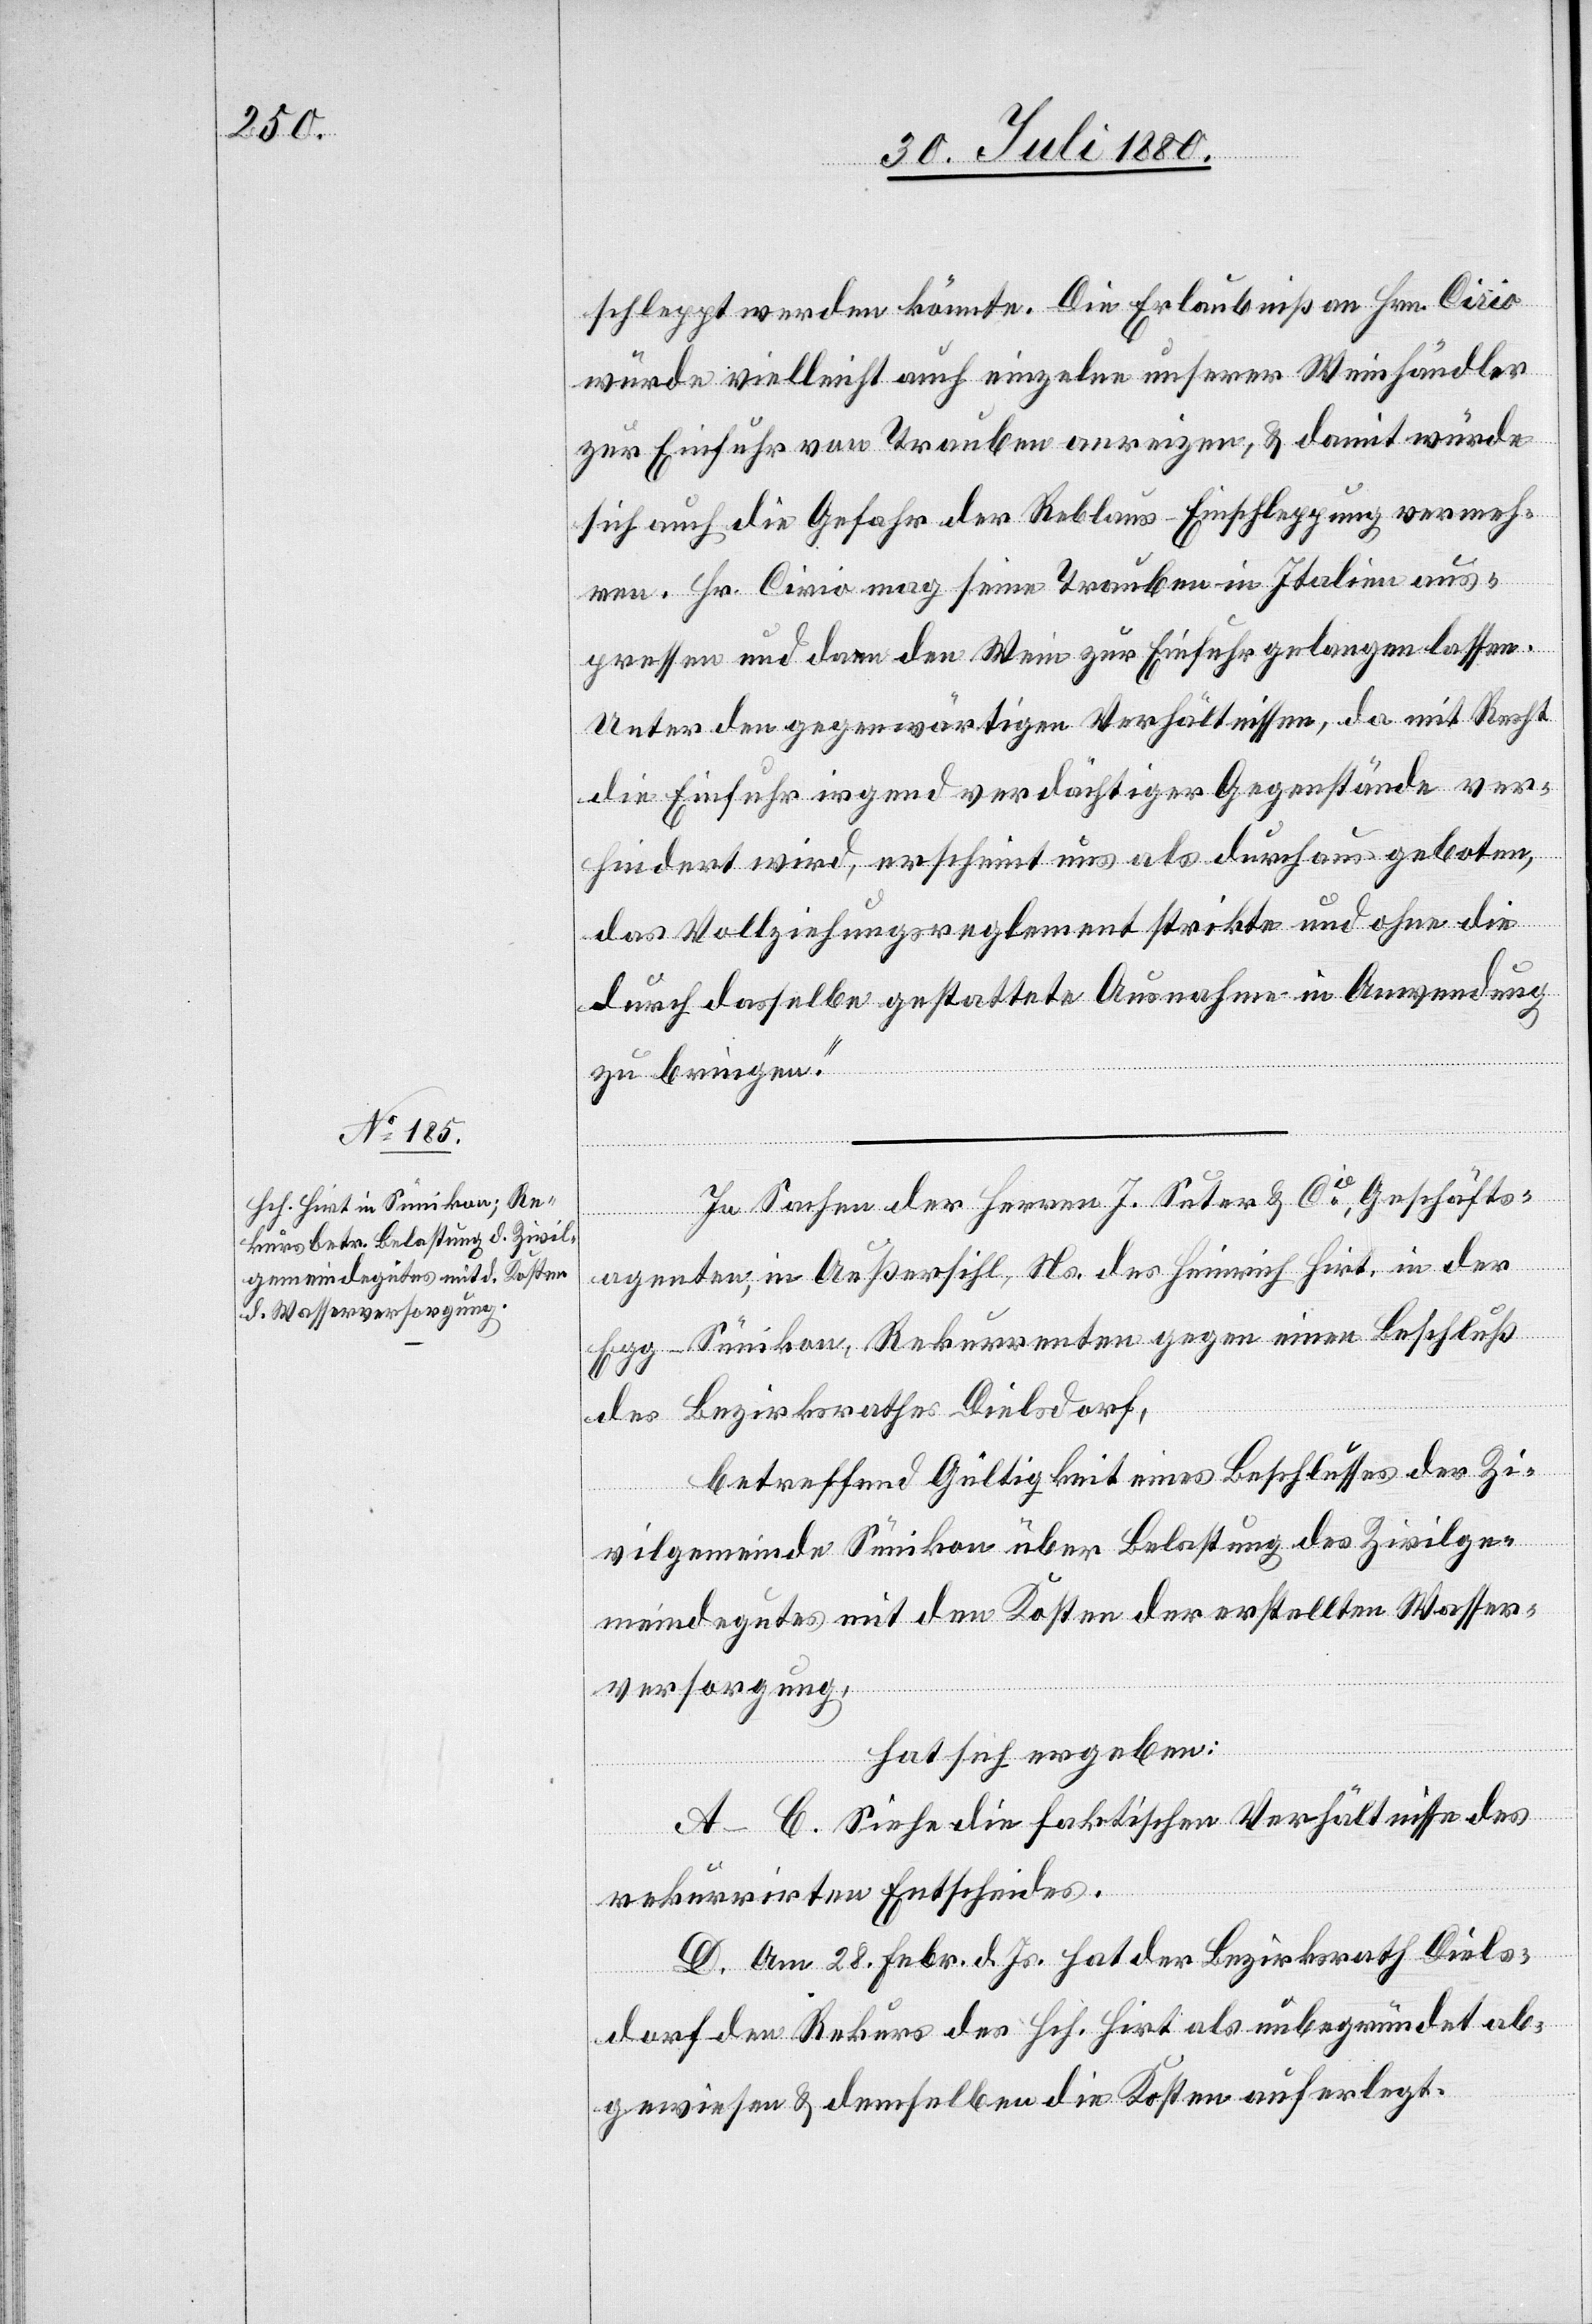
schleppt werden könnte. Die Erlaubniß an Hrn. Cirio
würde vielleicht auch einzelnen unserer Weinhändler
zur Einfuhr von Trauben anreizen, & damit würde
sich auch die Gefahr der Reblaus-Einschleppung vermeh¬
ren. Hr. Cirio mag seine Trauben in Italien aus¬
pressen und dann den Wein zur Einfuhr gelangen lassen.
Unter den gegenwärtigen Verhältnissen, da mit Recht
die Einfuhr irgend verdächtiger Gegenstände ver¬
hindert wird, erscheint uns als durchaus geboten,
das Vollziehungsreglement strikte und ohne die
durch dasselbe gestattete Ausnahmen in Anwendung
zu bringen.“
In Sachen der Herren J. Suter & Cie , Geschäfts¬
agenten, in Außersihl, Ns. des Heinrich Hirt, in der
Egg - Sünikon, Rekurrenten gegen einen Beschluß
des Bezirksrathes Dielsdorf,
betreffend Gültigkeit eines Beschlusses der Zi¬
vilgemeinde Sünikon über Belastung des Zivilge¬
meindegutes mit den Kosten der erstellten Wasser¬
versorgung,
hat sich ergeben:
A–C. Siehe die faktischen Verhältnisse des
rekurrirten Entscheides.
D. Am 28. Febr. d. Js. hat der Bezirksrath Diels¬
dorf den Rekus des Hch. Hirt als unbegründet ab¬
gewiesen & demselben die Kosten auferlegt.